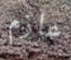
عازم